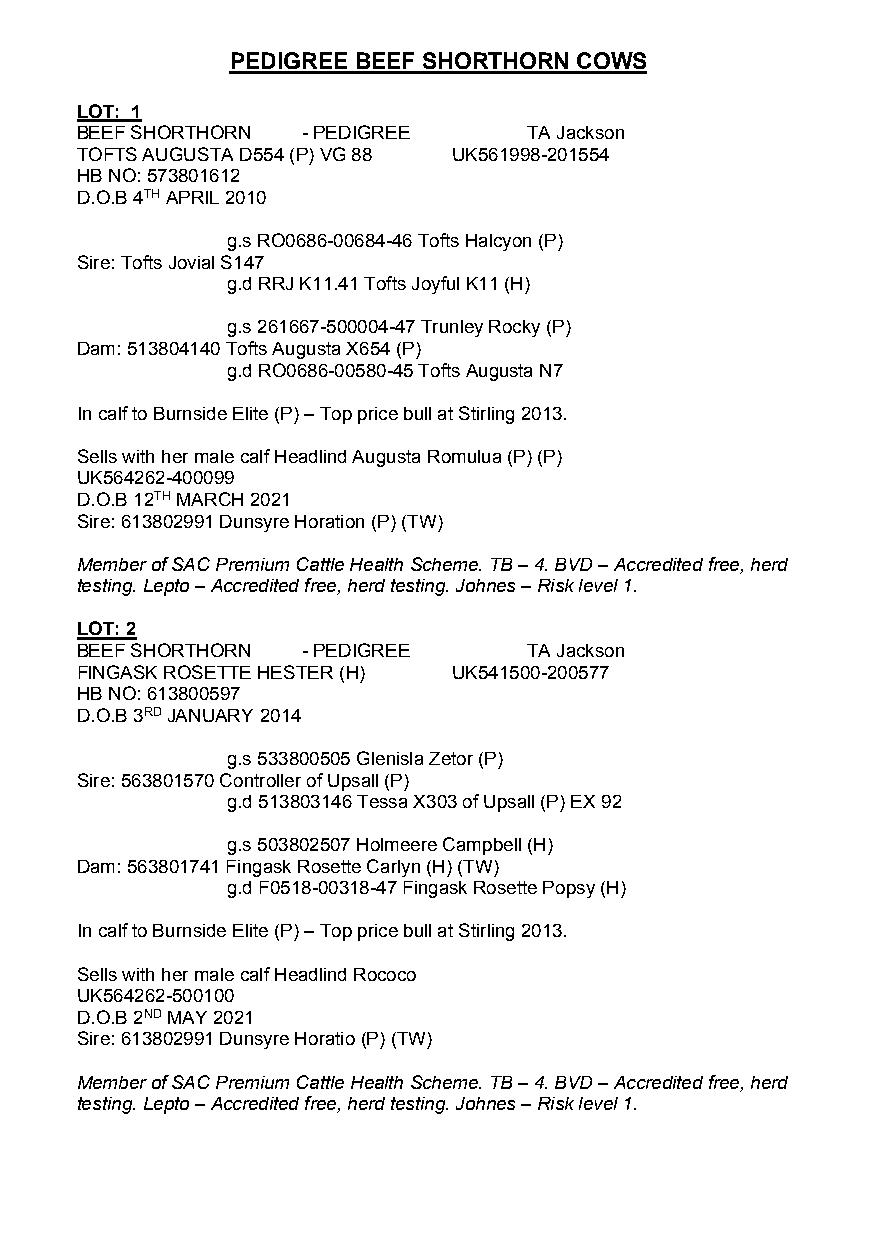
PEDIGREE BEEF SHORTHORN COWS
 LOT: 1
 BEEF SHORTHORN - PEDIGREE     TA Jackson
 TOFTS AUGUSTA D554 (P) VG 88 UK561998-201554
 HB NO: 573801612
 D.O.B 4TH APRIL 2010
 g.s RO0686-00684-46 Tofts Halcyon (P)
 Sire: Tofts Jovial S147
 g.d RRJ K11.41 Tofts Joyful K11 (H)
 g.s 261667-500004-47 Trunley Rocky (P)
 Dam: 513804140 Tofts Augusta X654 (P)
 g.d RO0686-00580-45 Tofts Augusta N7
 In calf to Burnside Elite (P) – Top price bull at Stirling 2013.
 Sells with her male calf Headlind Augusta Romulua (P) (P)
 UK564262-400099
 D.O.B 12TH MARCH 2021
 Sire: 613802991 Dunsyre Horation (P) (TW)
 Member of SAC Premium Cattle Health Scheme. TB – 4. BVD – Accredited free, herd
 testing. Lepto – Accredited free, herd testing. Johnes – Risk level 1.
 LOT: 2
 BEEF SHORTHORN - PEDIGREE     TA Jackson
 FINGASK ROSETTE HESTER (H) UK541500-200577
 HB NO: 613800597
 D.O.B 3RD JANUARY 2014
 g.s 533800505 Glenisla Zetor (P)
 Sire: 563801570 Controller of Upsall (P)
 g.d 513803146 Tessa X303 of Upsall (P) EX 92
 g.s 503802507 Holmeere Campbell (H)
 Dam: 563801741 Fingask Rosette Carlyn (H) (TW)
 g.d F0518-00318-47 Fingask Rosette Popsy (H)
 In calf to Burnside Elite (P) – Top price bull at Stirling 2013.
 Sells with her male calf Headlind Rococo
 UK564262-500100
 D.O.B 2ND MAY 2021
 Sire: 613802991 Dunsyre Horatio (P) (TW)
 Member of SAC Premium Cattle Health Scheme. TB – 4. BVD – Accredited free, herd
 testing. Lepto – Accredited free, herd testing. Johnes – Risk level 1.